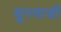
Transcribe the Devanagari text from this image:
सूरवाडी